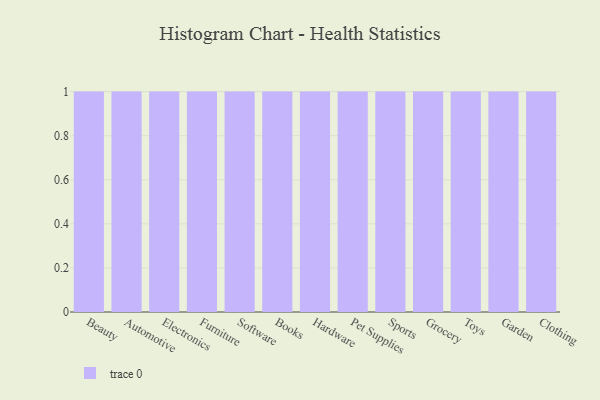
{"axis": {"x": "Category", "y": "Humidity (%)"}, "legend": [""], "data": [{"x": "Beauty", "y": 60, "type": ""}, {"x": "Automotive", "y": 18, "type": ""}, {"x": "Electronics", "y": 80, "type": ""}, {"x": "Furniture", "y": 70, "type": ""}, {"x": "Software", "y": 35, "type": ""}, {"x": "Books", "y": 54, "type": ""}, {"x": "Hardware", "y": 74, "type": ""}, {"x": "Pet Supplies", "y": 49, "type": ""}, {"x": "Sports", "y": 38, "type": ""}, {"x": "Grocery", "y": 63, "type": ""}, {"x": "Toys", "y": 1, "type": ""}, {"x": "Garden", "y": 95, "type": ""}, {"x": "Clothing", "y": 33, "type": ""}]}